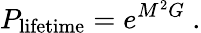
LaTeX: P_{\mathrm{lifetime}}=e^{M^{2}G}\ .